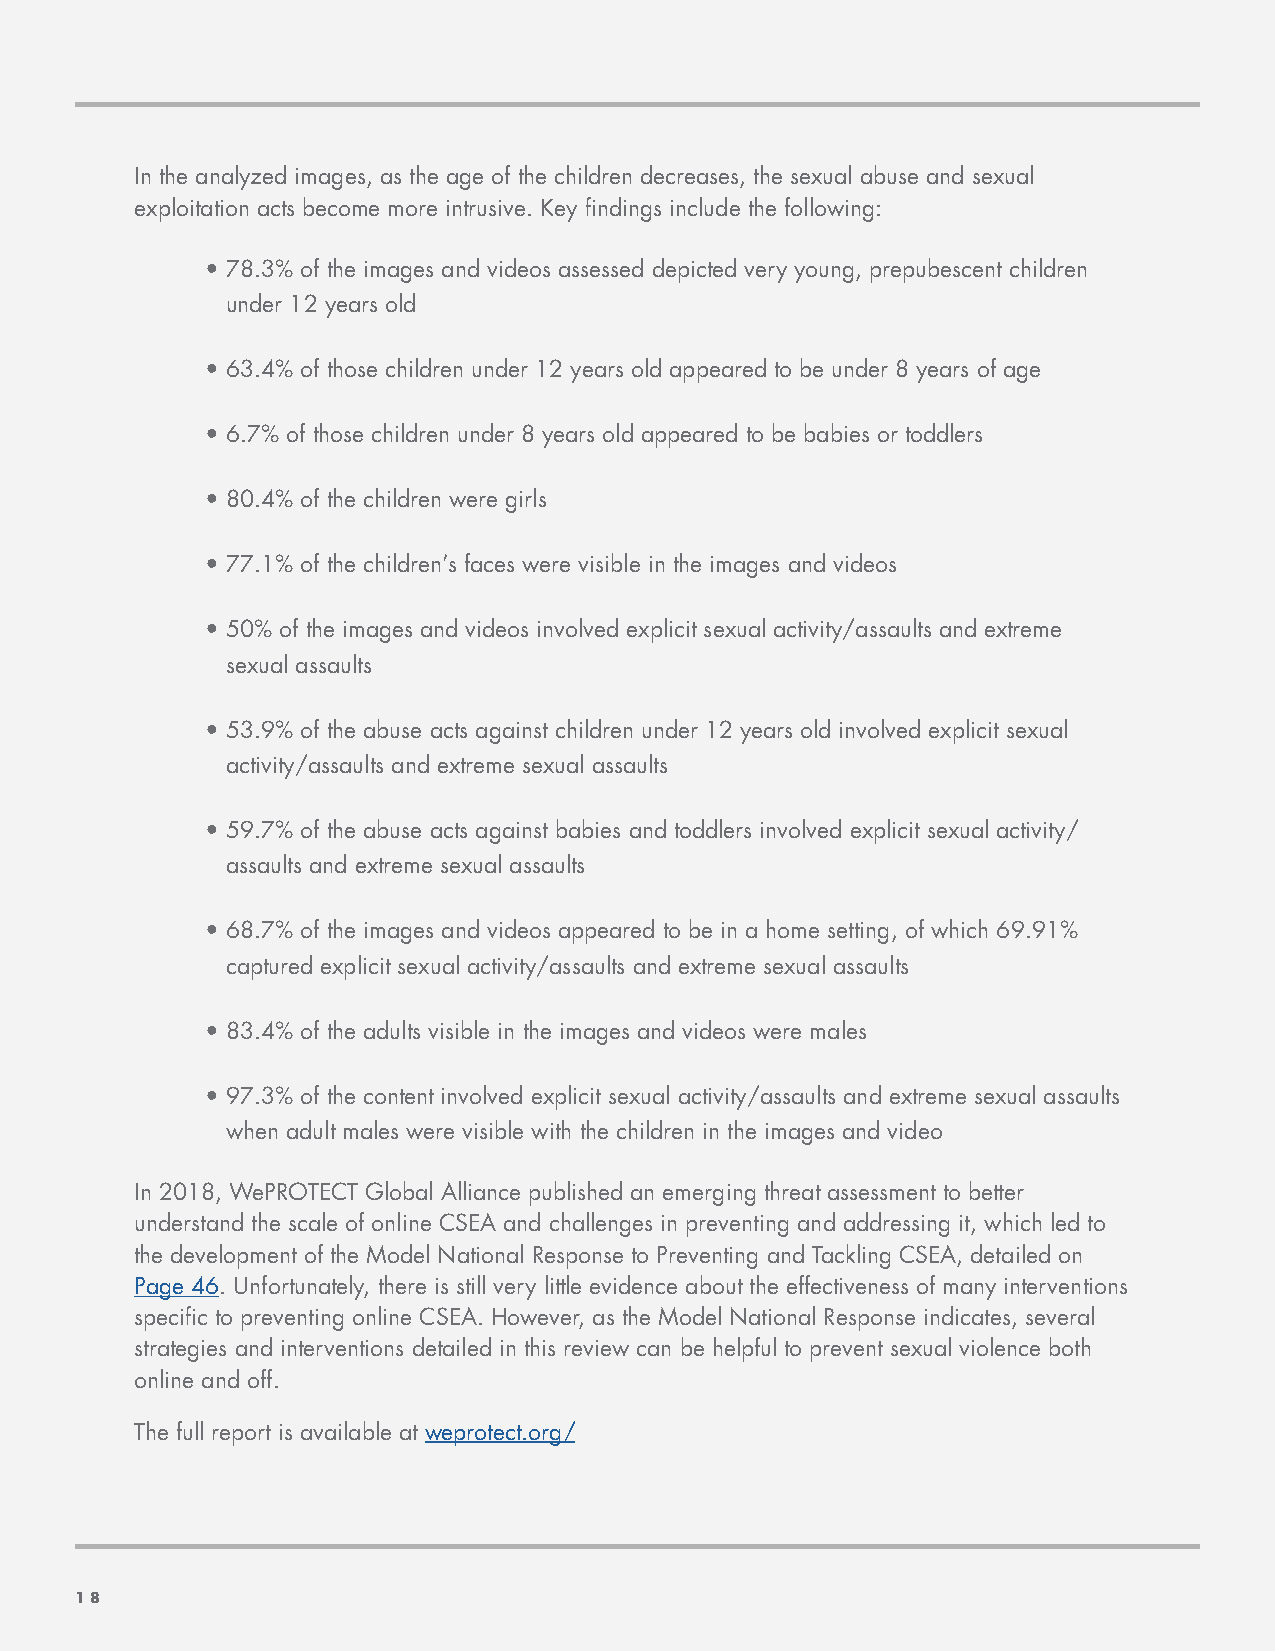
In the analyzed images, as the age of the children decreases, the sexual abuse and sexual
 exploitation acts become more intrusive. Key findings include the following:
 • 78.3% of the images and videos assessed depicted very young, prepubescent children
 under 12 years old
 • 63.4% of those children under 12 years old appeared to be under 8 years of age
 • 6.7% of those children under 8 years old appeared to be babies or toddlers
 • 80.4% of the children were girls
 • 77.1% of the children’s faces were visible in the images and videos
 • 50% of the images and videos involved explicit sexual activity/assaults and extreme
 sexual assaults
 • 53.9% of the abuse acts against children under 12 years old involved explicit sexual
 activity/assaults and extreme sexual assaults
 • 59.7% of the abuse acts against babies and toddlers involved explicit sexual activity/
 assaults and extreme sexual assaults
 • 68.7% of the images and videos appeared to be in a home setting, of which 69.91%
 captured explicit sexual activity/assaults and extreme sexual assaults
 • 83.4% of the adults visible in the images and videos were males
 • 97.3% of the content involved explicit sexual activity/assaults and extreme sexual assaults
 when adult males were visible with the children in the images and video
 In 2018, WePROTECT Global Alliance published an emerging threat assessment to better
 understand the scale of online CSEA and challenges in preventing and addressing it, which led to
 the development of the Model National Response to Preventing and Tackling CSEA, detailed on
 Page 46. Unfortunately, there is still very little evidence about the effectiveness of many interventions
 specific to preventing online CSEA. However, as the Model National Response indicates, several
 strategies and interventions detailed in this review can be helpful to prevent sexual violence both
 online and off.
 The full report is available at weprotect.org/
 1188